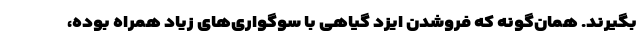
بگیرند. همان‌گونه که فروشدن ایزد گیاهی با سوگواری‌های زیاد همراه بوده،